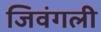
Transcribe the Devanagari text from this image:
जिवंगली